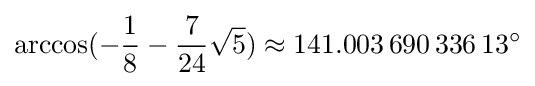
\arccos(-{\frac {1}{8}}-{\frac {7}{24}}{\sqrt {5}})\approx 141.003\,690\,336\,13^{\circ }